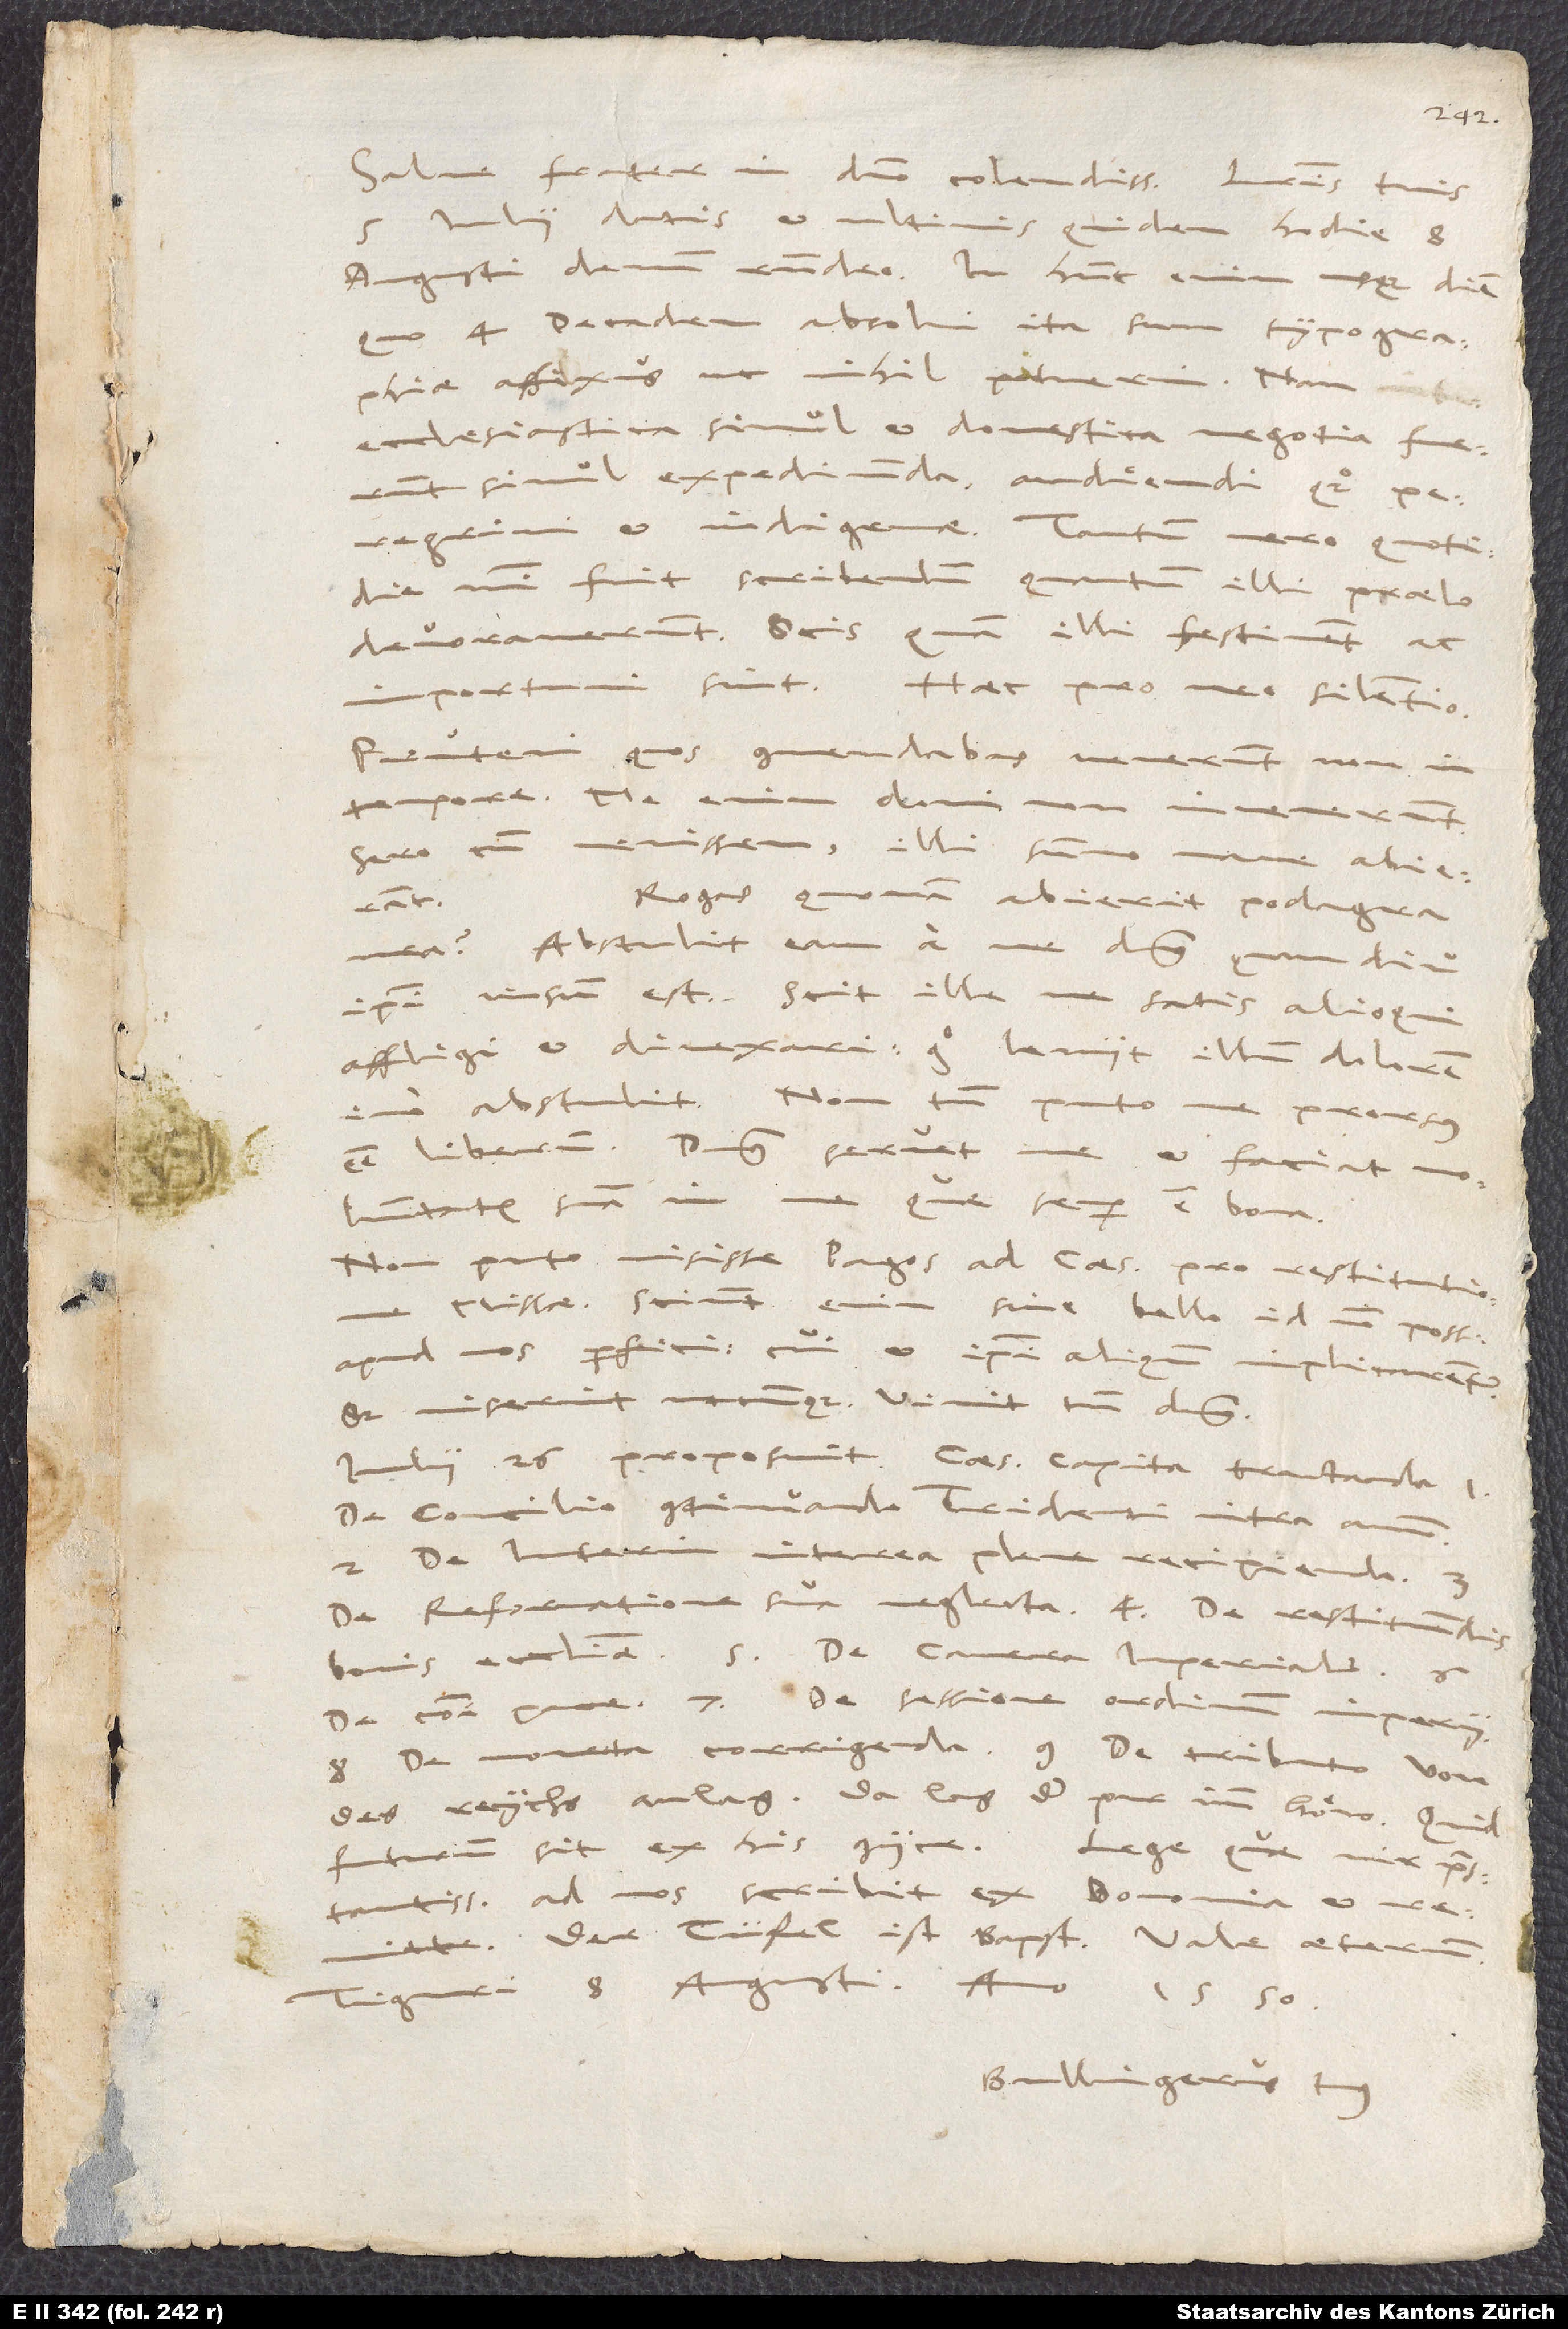
Salve frater in domin colendissime. Literis tuis
iulii datis et ultimis quidem hodie 8.
augusti demum respondeo; in hunc enim usque diem,
quo 4. Decadem absolvi, ita sum typographiae
ecclesiastica simul et domestica negotia fuerunt
simul expediunda, audiendi quoque
peregrini et indigenae. Tantum vero quotidie
mihi fuit scribendum, quantum illi praelo
devoraverunt; scis, quam illi festinent ac
Pruteni, quos commendabas, venerunt non in
tempore; me enim domi non
invenerunt;
sero, cum venissem, illi summo mane abierant.
Rogas, quonam abierit podagra
abstulit eam a me dominus, quamdiu
ipsi visum est; scit ille me satis alioqui
affligi et divexari; ergo leniit illum dolorem,
abstulit. Non tamen puto me prorsus
esse liberum. Dominus servet me et faciat voluntatem
suam in me, quae semper est bona.
Non puto misisse Pagos ad Caesarem pro restitutione
missae; sciunt enim sine bello id non posse
apud nos perfici, cui et ipsi aliquando implicarentur;
sed miserint utcunque, vivit tamen dominus.
Iulii 26. proposuit Caesar capita tractanda 1.
de consilio continu ndo Tridenti intra annum,
2. de Interim interea plene recipienda,
de reformatione sua neglecta, 4. de restituendis
bonis ecclesiae 5. de camera imperiali, 6.
de communi pace, 7. de sessione ordinum imperii,
8. de moneta corrigenda, 9. de tributo, von
des reychs anlag; da lag der pur imm höw. Quid
futurum sit, ex his coniice. Lege, quae vir praestantissimus
der tüfel ist bapst. Vale aeternum.
Tiguri 8. augusti anno 1550.
Bullingerus tuus.